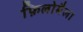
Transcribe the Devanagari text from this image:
फ़िलोमैला